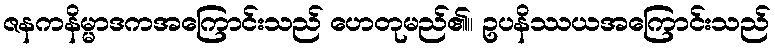
ဇနကနိမ္မာဒကအကြောင်းသည် ဟေတုမည်၏။ ဥပနိဿယအကြောင်းသည်